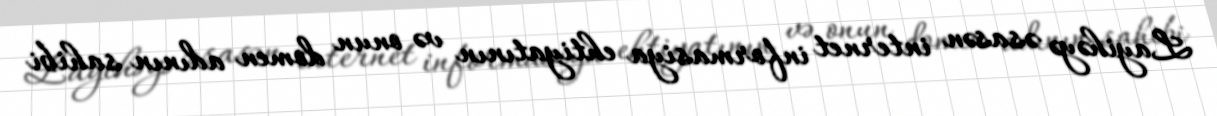
Layihəyə əsasən internet informasiya ehtiyatının və onun domen adının sahibi